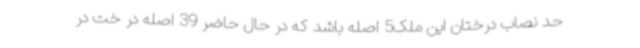
حد نصاب درختان این ملک5 اصله باشد که در حال حاضر 39 اصله در خت در